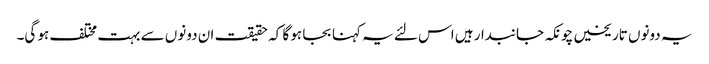
یہ دونوں تاریخیں چونکہ جانبدار ہیں اس لئے یہ کہنا بجا ہو گا کہ حقیقت ان دونوں سے بہت مختلف ہو گی۔